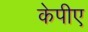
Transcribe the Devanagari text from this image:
केपीए